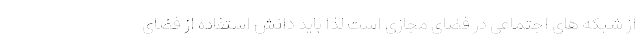
از شبکه های اجتماعی در فضای مجازی است لذا باید دانش استفاده از فضای